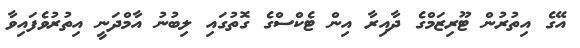
އޭގެ އިތުރުން ޓޫރިޒަމްގެ ދާއިރާ އިން ޓެކްސްގެ ގޮތުގައި ލިބުނު އާމްދަނީ އިތުރުވެފައިވާ